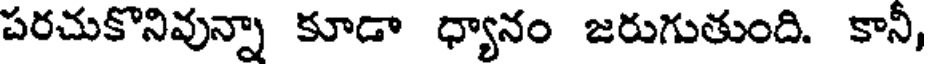
పరచుకొనివున్నా కూడా ధ్యానం జరుగుతుంది. కానీ,